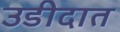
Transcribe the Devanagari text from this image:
उडीदात